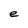
Character: e